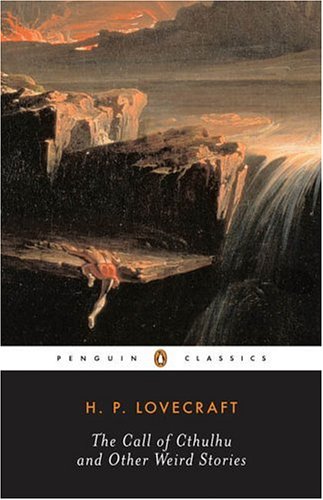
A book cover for The Call of Cthulhu and Other Weird Stories (Penguin Twentieth-Century Classics); Howard Phillips Lovecraft; Literature & Fiction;